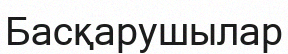
Басқарушылар